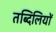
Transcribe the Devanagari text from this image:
तब्दिलियों